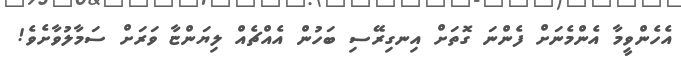
އެހެންވީމާ އެންމެނަށް ފެންނަ ގޮތަށް އިނގިރޭސި ބަހުން އެއްޗެއް ލިޔަންޏާ ވަރަށް ސަމާލުވާށެވެ!